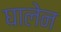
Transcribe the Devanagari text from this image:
घालेन